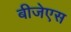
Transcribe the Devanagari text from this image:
बीजेएस